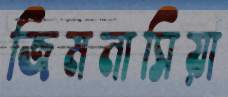
জিমনাসিয়া